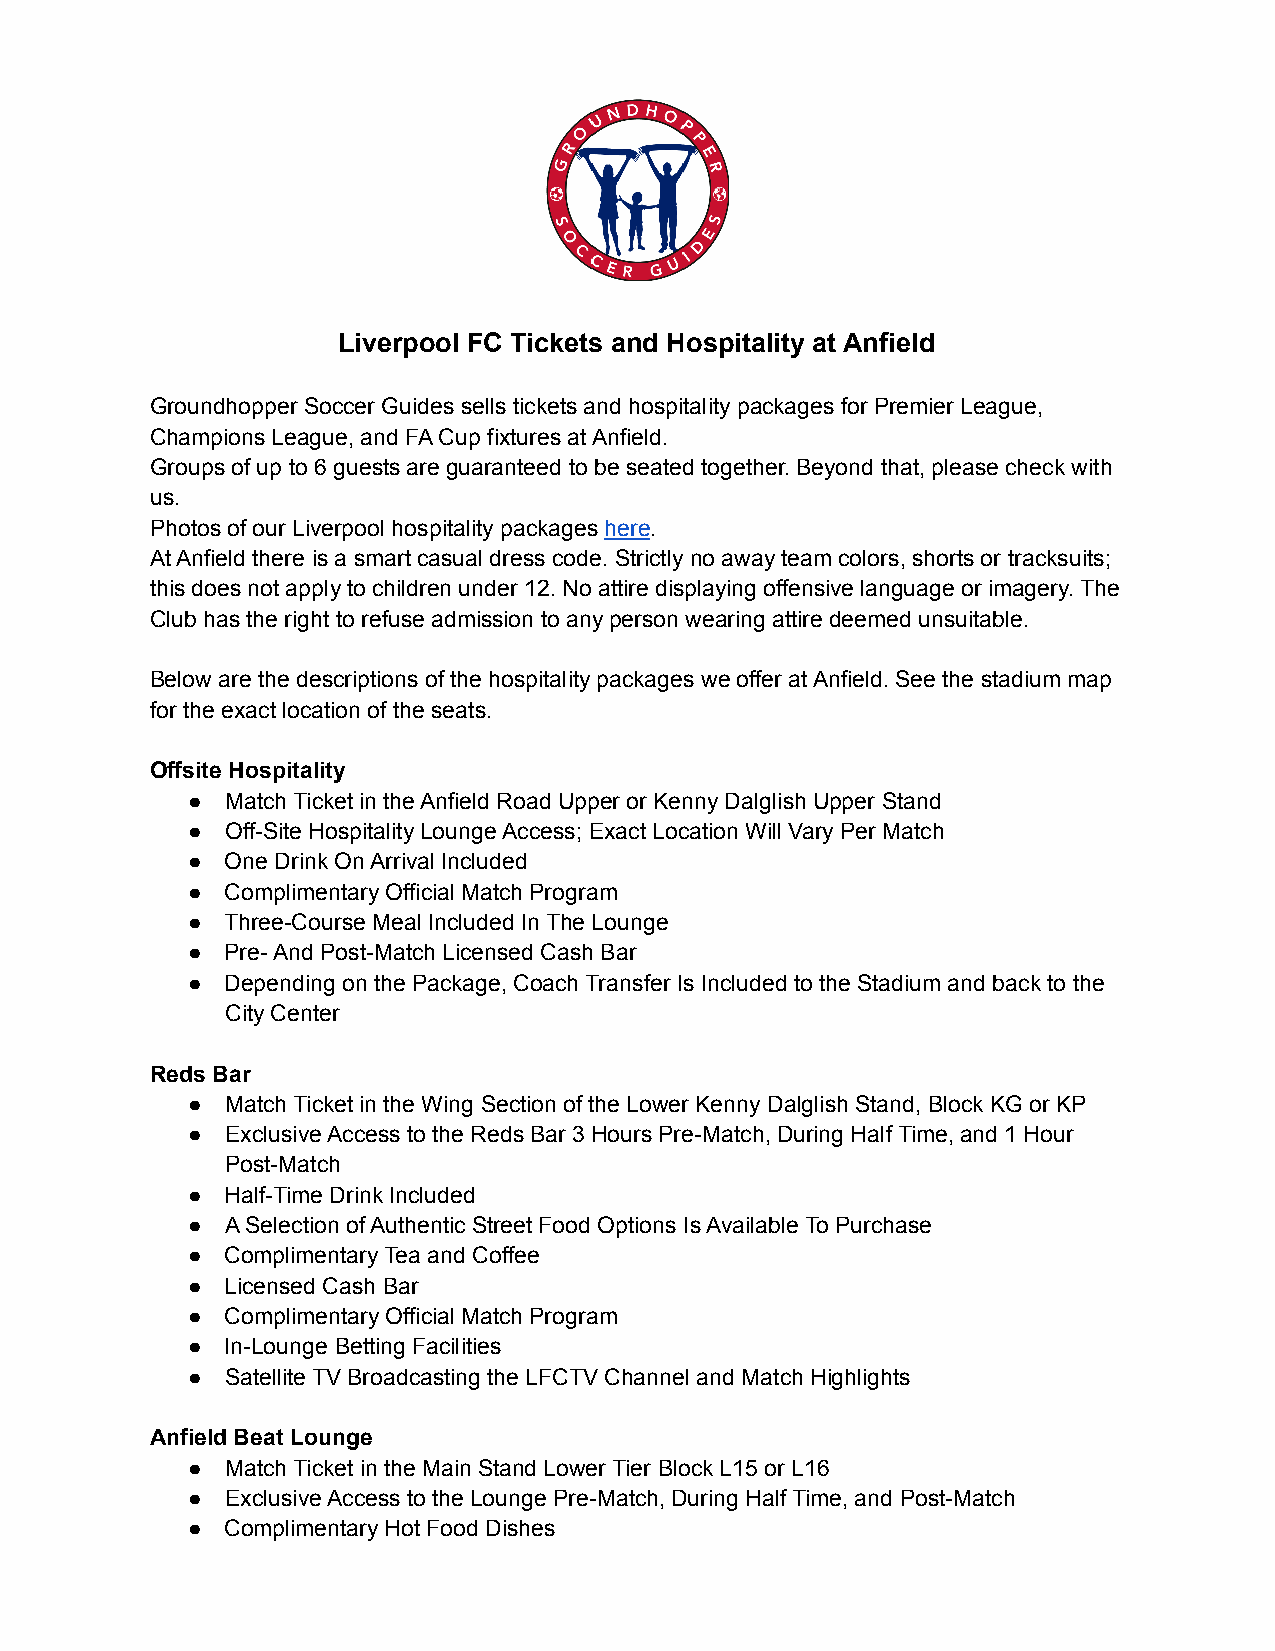
Liverpool FC Tickets and Hospitality at Anfield
 Groundhopper Soccer Guides sells tickets and hospitality packages for Premier League,
 Champions League, and FA Cup fixtures at Anfield.
 Groups of up to 6 guests are guaranteed to be seated together. Beyond that, please check with
 us.
 Photos of our Liverpool hospitality packages here.
 At Anfield there is a smart casual dress code. Strictly no away team colors, shorts or tracksuits;
 this does not apply to children under 12. No attire displaying offensive language or imagery. The
 Club has the right to refuse admission to any person wearing attire deemed unsuitable.
 Below are the descriptions of the hospitality packages we offer at Anfield. See the stadium map
 for the exact location of the seats.
 Offsite Hospitality
 ●  Match Ticket in the Anfield Road Upper or Kenny Dalglish Upper Stand
 ●  Off-Site Hospitality Lounge Access; Exact Location Will Vary Per Match
 ●  One Drink On Arrival Included
 ●  Complimentary Official Match Program
 ●  Three-Course Meal Included In The Lounge
 ●  Pre- And Post-Match Licensed Cash Bar
 ●  Depending on the Package, Coach Transfer Is Included to the Stadium and back to the
 City Center
 Reds Bar
 ●  Match Ticket in the Wing Section of the Lower Kenny Dalglish Stand, Block KG or KP
 ●  Exclusive Access to the Reds Bar 3 Hours Pre-Match, During Half Time, and 1 Hour
 Post-Match
 ●  Half-Time Drink Included
 ●  A Selection of Authentic Street Food Options Is Available To Purchase
 ●  Complimentary Tea and Coffee
 ●  Licensed Cash Bar
 ●  Complimentary Official Match Program
 ●  In-Lounge Betting Facilities
 ●  Satellite TV Broadcasting the LFCTV Channel and Match Highlights
 Anfield Beat Lounge
 ●  Match Ticket in the Main Stand Lower Tier Block L15 or L16
 ●  Exclusive Access to the Lounge Pre-Match, During Half Time, and Post-Match
 ●  Complimentary Hot Food Dishes